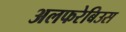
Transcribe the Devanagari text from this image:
अलफरेबिउस